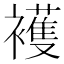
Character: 𧞤